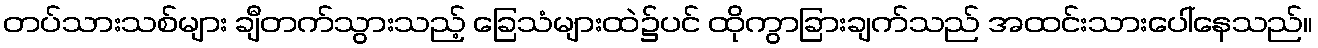
တပ်သားသစ်များ ချီတက်သွားသည့် ခြေသံများထဲ၌ပင် ထိုကွာခြားချက်သည် အထင်းသားပေါ်နေသည်။